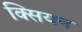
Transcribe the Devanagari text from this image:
क्सियन